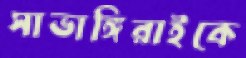
সাভাঙ্গিরাইকে